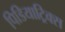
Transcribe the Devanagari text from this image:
पिडियाट्रिक्स